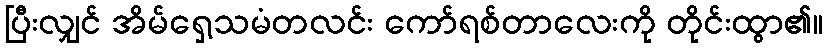
ပြီးလျှင် အိမ်ရှေ့သမံတလင်း ကော်ရစ်တာလေးကို တိုင်းထွာ၏။